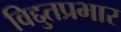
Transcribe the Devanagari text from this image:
विद्दुतप्रभार